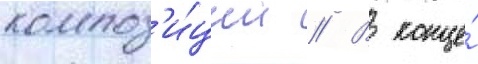
композ'и́ции // В конце́